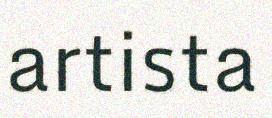
artista